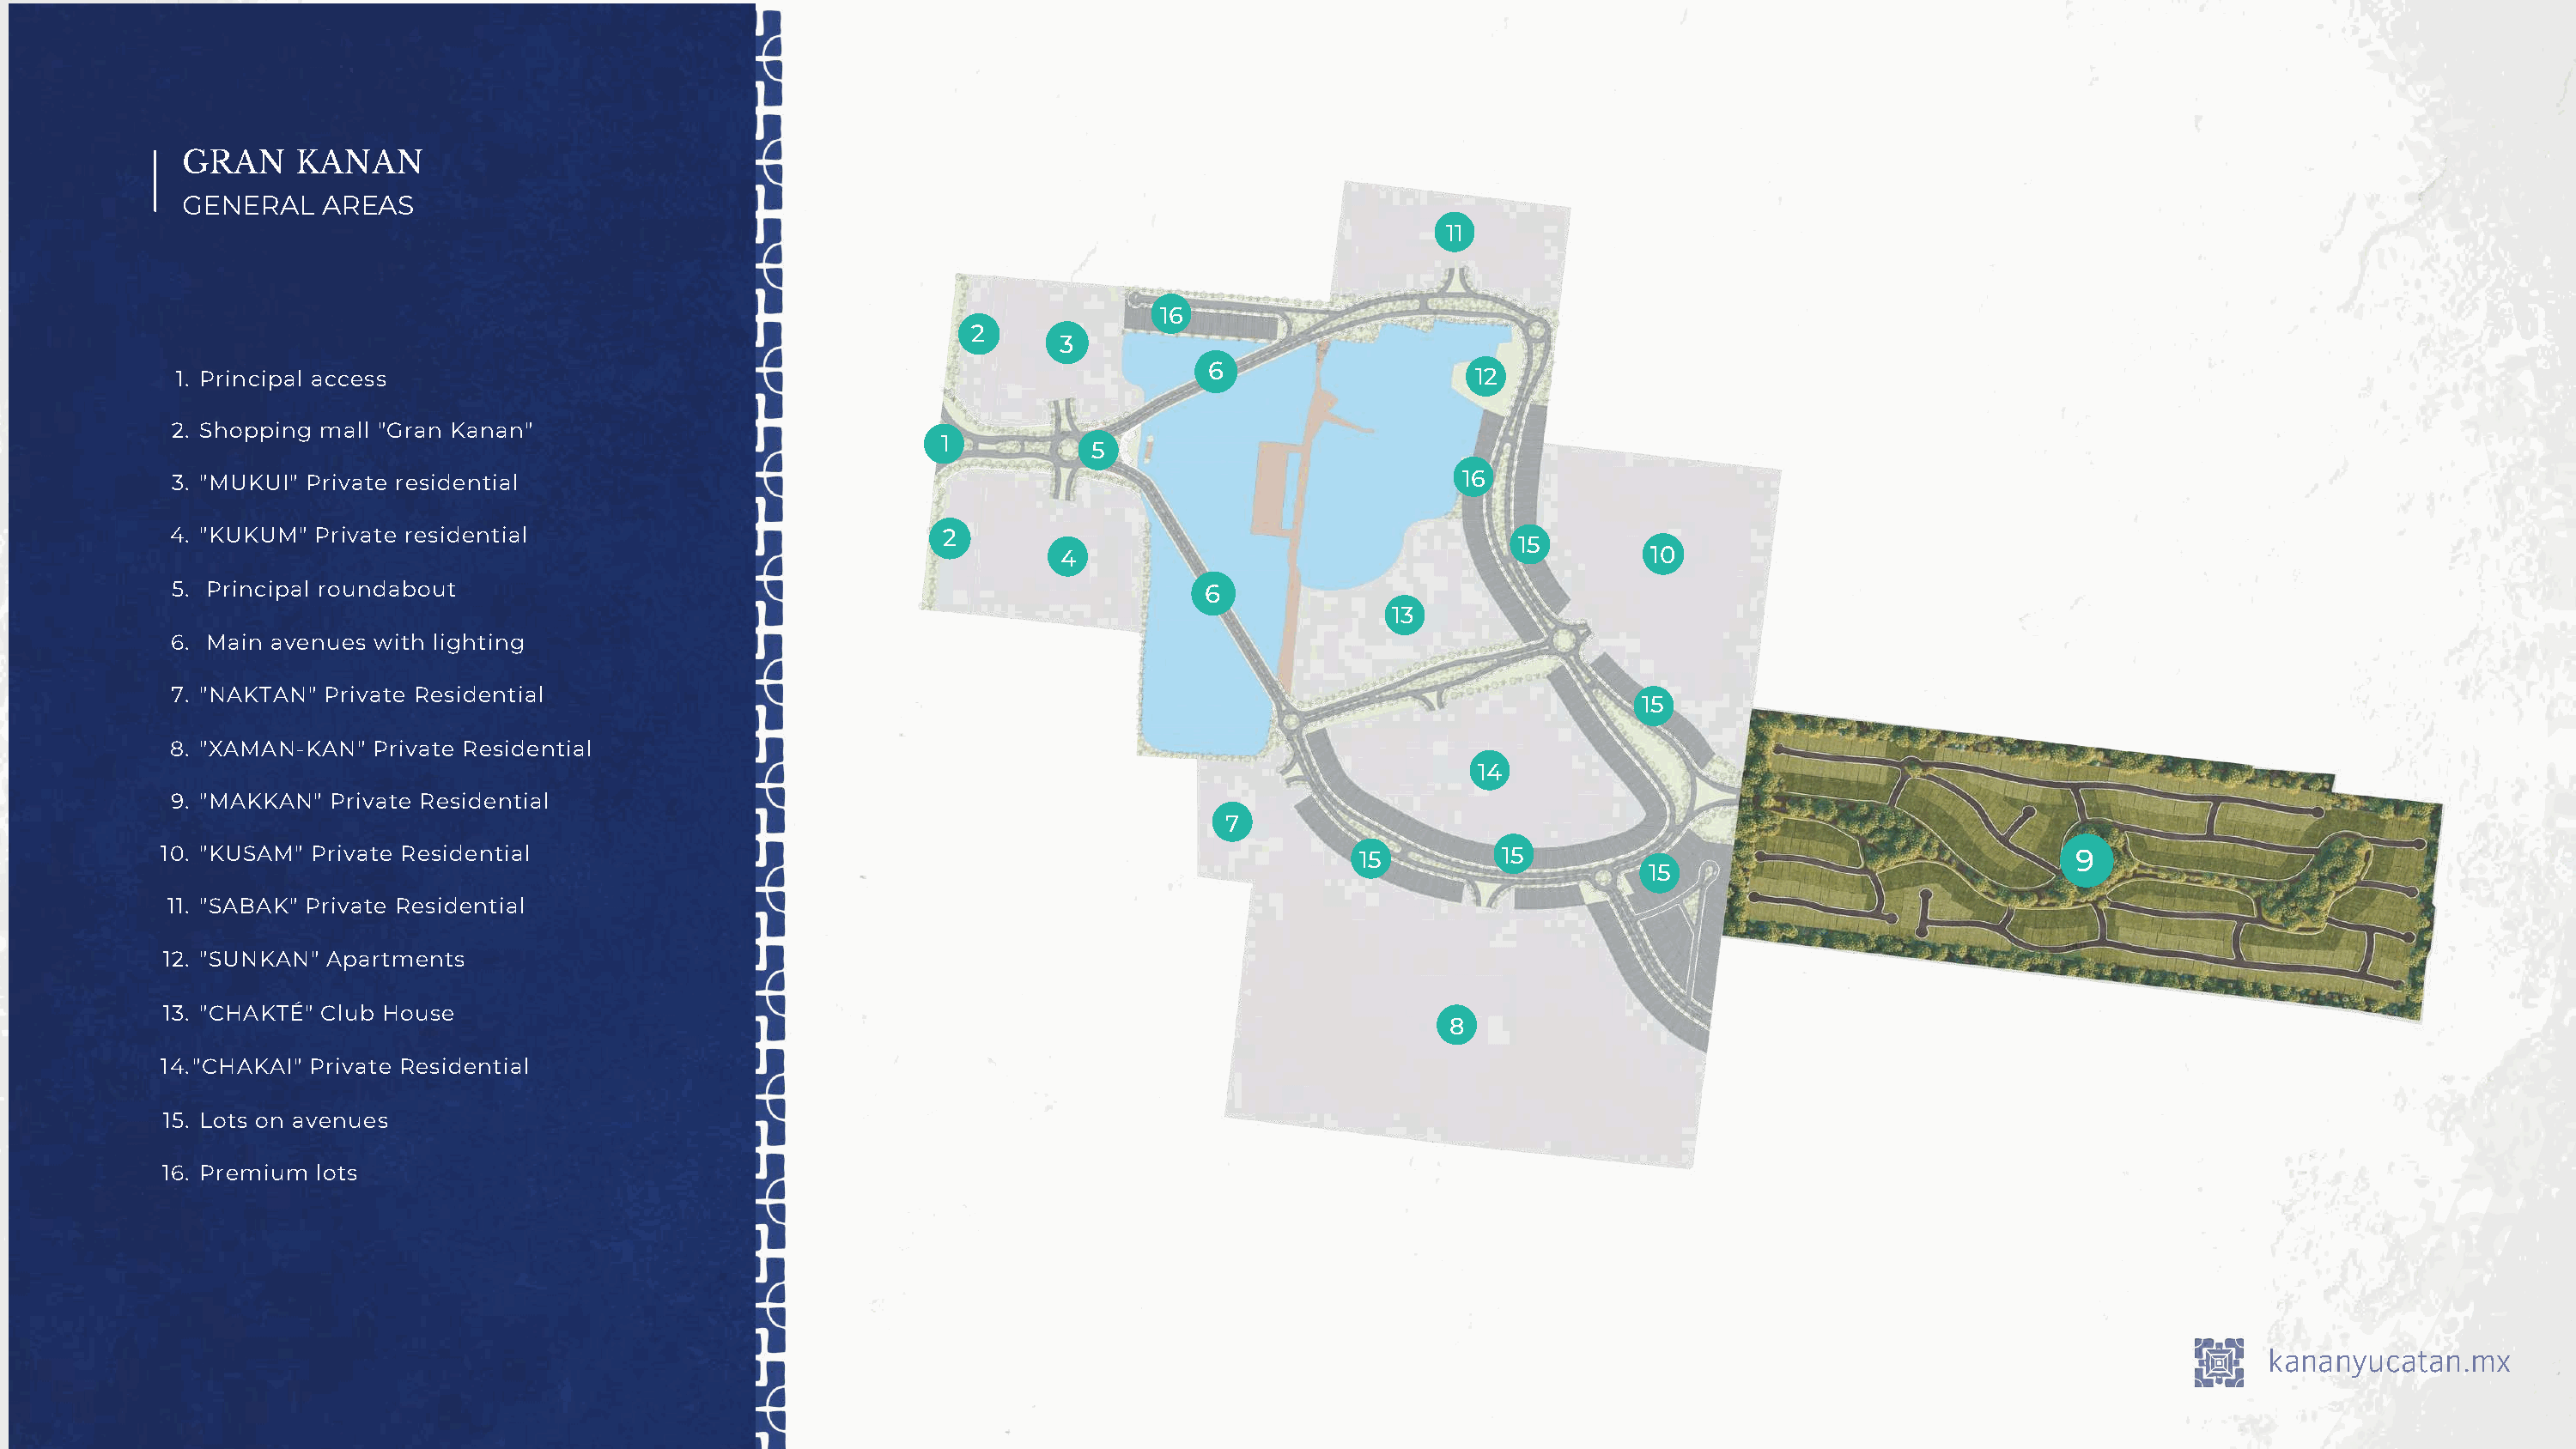
GRAN     KANAN
 GENERAL    AREAS
 11
 16
 2
 3
 6
 1. Principal access                                                                                 12
 2. Shopping mall "Gran Kanan"
 1
 5
 16
 3. "MUKUI" Private residential
 4. "KUKUM" Private residential                              2
 15
 4                                            10
 5. Principal roundabout                                                         6
 13
 6. Main avenues with lighting
 7. "NAKTAN" Private Residential
 15
 8. "XAMAN-KAN"  Private Residential
 14
 9. "MAKKAN" Private Residential
 7
 10. "KUSAM" Private Residential                                                              15         15                                          9
 15
 11. "SABAK" Private Residential
 12. "SUNKAN" Apartments
 13. "CHAKTÉ" Club House
 8
 14."CHAKAI" Private Residential
 15. Lots on avenues
 16. Premium lots
 kananyucatan.mx